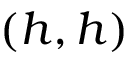
( h , h )